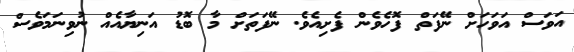
އަވަސް އަވަހަށް ނޭފަތް ފޮހެވެން ފެށިއެވެ. ނޭފަތަށް މާ ބޮޑު އަނިޔާއެއް ނުވިނަމަވެސް